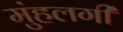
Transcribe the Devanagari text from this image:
मुंहलगी